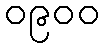
၀၉၀၀